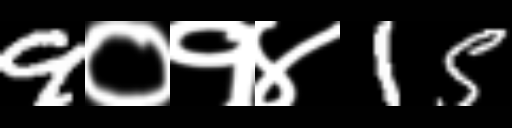
Text: 9०१४15